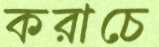
করাচে